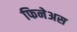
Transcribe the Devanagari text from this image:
फिनेअस